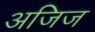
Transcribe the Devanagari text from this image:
अजिज